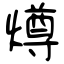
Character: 燇